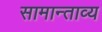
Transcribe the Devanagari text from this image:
सामान्ताव्य